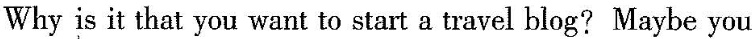
Why is it that you want to start a travel blog? Maybe you